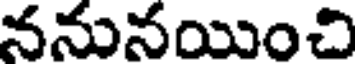
ననునయించి